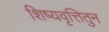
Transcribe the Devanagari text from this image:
शिष्यवृत्तितुन